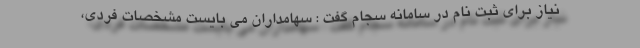
نیاز برای ثبت نام در سامانه سجام گفت : سهامداران می بایست مشخصات فردی،